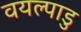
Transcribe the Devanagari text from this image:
वयल्पाडु